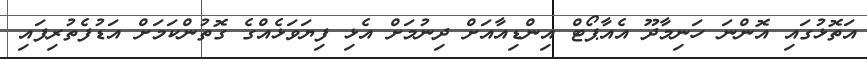
އަތޮޅުގައި އޮންނަ ހަނިމާދޫ އެއާޕޯޓް އިންޑިއާއަށް ދިނުމަށް އެޅި ފިޔަވަޅެއްގެ ގޮތުންކަމަށް އަޑުފެތުރިފައި